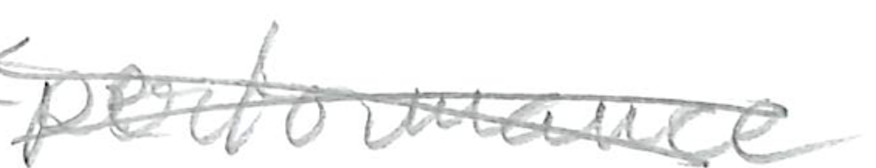
Text: performance
Cross-out: cross
Writing tool: pencil